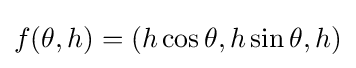
f(\theta ,h)=(h\cos \theta ,h\sin \theta ,h)